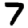
Digit: 7